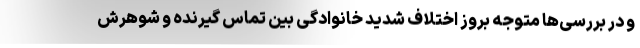
و در بررسی‌ها متوجه بروز اختلاف شدید خانوادگی بین تماس گیرنده و شوهرش